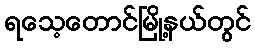
ရသေ့တောင်မြို့နယ်တွင်